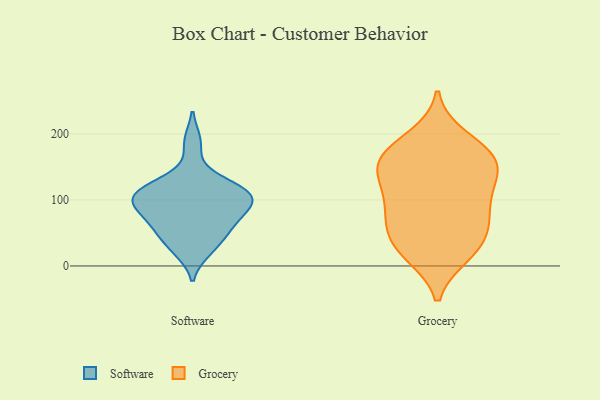
{"axis": {"x": "Temperature (°C)", "y": "Value"}, "legend": ["Grocery", "Software"], "data": [{"x": "", "y": 96, "type": "Software"}, {"x": "", "y": 113, "type": "Software"}, {"x": "", "y": 111, "type": "Software"}, {"x": "", "y": 95, "type": "Software"}, {"x": "", "y": 91, "type": "Software"}, {"x": "", "y": 55, "type": "Software"}, {"x": "", "y": 120, "type": "Software"}, {"x": "", "y": 96, "type": "Software"}, {"x": "", "y": 63, "type": "Software"}, {"x": "", "y": 127, "type": "Software"}, {"x": "", "y": 33, "type": "Software"}, {"x": "", "y": 187, "type": "Software"}, {"x": "", "y": 66, "type": "Software"}, {"x": "", "y": 24, "type": "Software"}, {"x": "", "y": 26, "type": "Grocery"}, {"x": "", "y": 177, "type": "Grocery"}, {"x": "", "y": 194, "type": "Grocery"}, {"x": "", "y": 18, "type": "Grocery"}, {"x": "", "y": 43, "type": "Grocery"}, {"x": "", "y": 154, "type": "Grocery"}, {"x": "", "y": 91, "type": "Grocery"}, {"x": "", "y": 69, "type": "Grocery"}, {"x": "", "y": 118, "type": "Grocery"}, {"x": "", "y": 156, "type": "Grocery"}, {"x": "", "y": 160, "type": "Grocery"}, {"x": "", "y": 138, "type": "Grocery"}, {"x": "", "y": 66, "type": "Grocery"}, {"x": "", "y": 23, "type": "Grocery"}, {"x": "", "y": 81, "type": "Grocery"}, {"x": "", "y": 168, "type": "Grocery"}, {"x": "", "y": 121, "type": "Grocery"}]}